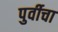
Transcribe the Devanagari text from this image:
पुर्वीचा